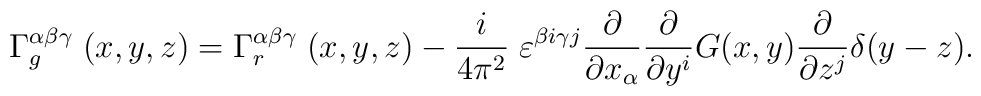
\Gamma_g^{\alpha \beta \gamma} \; (x,y,z) = \Gamma^{\alpha \beta \gamma}_r \;(x,y,z)  -  {i \over 4\pi^2}\; \varepsilon^{\beta i \gamma j} {\partial \over \partial x_\alpha} {\partial \over \partial y^i} G(x,y) {{\partial} \over {\partial z^j}}  \delta (y-z).